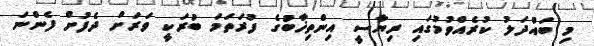
މި ބައްދަލު ކުރެއްވުމުގައި ރިޔާސީ އިންތިޚާބުގެ ފުރަތަމަ ބުރަކީ ވަރަށް ދެފުށް ފެންނަ